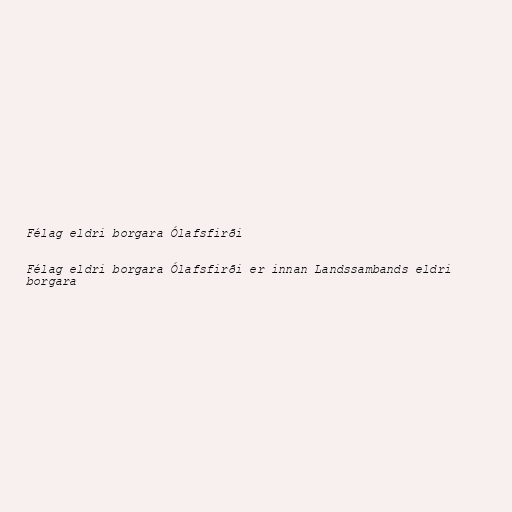
Félag eldri borgara Ólafsfirði

Félag eldri borgara Ólafsfirði er innan Landssambands eldri
borgara